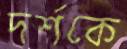
দর্শকে